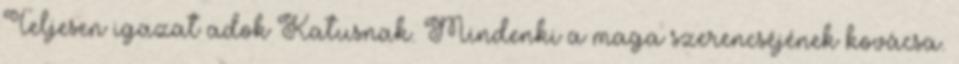
Teljesen igazat adok Katusnak. Mindenki a maga szerencséjének kovácsa.